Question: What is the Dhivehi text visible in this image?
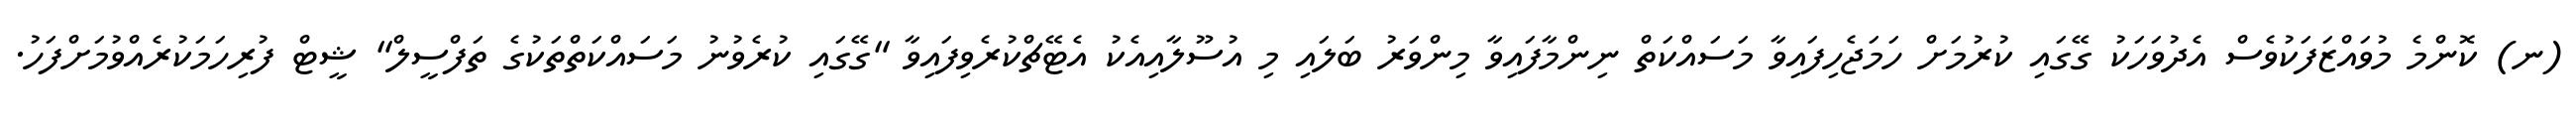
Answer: (ނ) ކޮންމެ މުވައްޒަފަކުވެސް އެދުވަހަކު ގޭގައި ކުރުމަށް ހަމަޖެހިފައިވާ މަސައްކަތް ނިންމާފައިވާ މިންވަރު ބަލައި މި އުސޫލާއިއެކު އެޓޭޗްކުރެވިފައިވާ "ގޭގައި ކުރެވުނު މަސައްކަތްތަކުގެ ތަފްސީލް" ޝީޓް ފުރިހަމަކުރެއްވުމަށްފަހު.